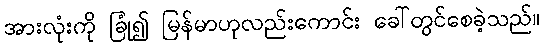
အားလုံးကို ခြုံ၍ မြန်မာဟုလည်းကောင်း ခေါ်တွင်စေခဲ့သည်။